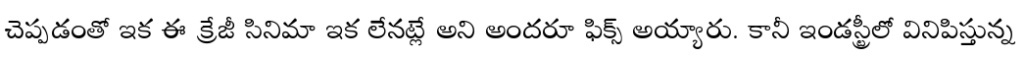
చెప్పడంతో ఇక ఈ క్రేజీ సినిమా ఇక లేనట్లే అని అందరూ ఫిక్స్ అయ్యారు. కానీ ఇండస్ట్రీలో వినిపిస్తున్న